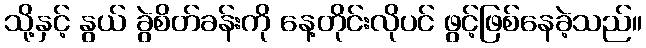
သို့နှင့် နွယ် ခွဲစိတ်ခန်းကို နေ့တိုင်းလိုပင် ဖွင့်ဖြစ်နေခဲ့သည်။